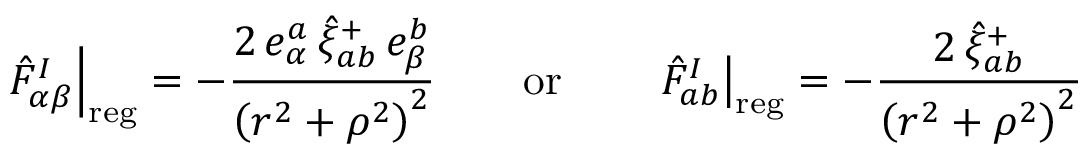
\left. \hat { F } _ { \alpha \beta } ^ { I } \right| _ { \mathrm { r e g } } = - \frac { 2 \, e _ { \alpha } ^ { a } \, \hat { \xi } _ { a b } ^ { + } \, e _ { \beta } ^ { b } } { \left( r ^ { 2 } + \rho ^ { 2 } \right) ^ { 2 } } \qquad \mathrm { o r } \qquad \left. \hat { F } _ { a b } ^ { I } \right| _ { \mathrm { r e g } } = - \frac { 2 \, \hat { \xi } _ { a b } ^ { + } } { \left( r ^ { 2 } + \rho ^ { 2 } \right) ^ { 2 } }